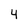
Character: 4